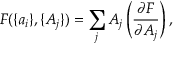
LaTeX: F ( \{ a _ { i } \} , \{ A _ { j } \} ) = \sum _ { j } A _ { j } \left( { \frac { \partial F } { \partial A _ { j } } } \right) ,